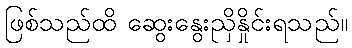
ဖြစ်သည်ထိ ဆွေးနွေးညှိနှိုင်းရသည်။